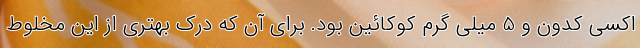
اکسی کدون و 5 میلی گرم کوکائین بود. برای آن که درک بهتری از این مخلوط